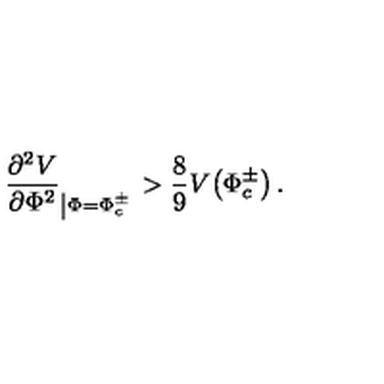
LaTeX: \frac { \partial ^ { 2 } V } { \partial \Phi ^ { 2 } } _ { \left| \Phi = \Phi _ { c } ^ { \pm } \right. } > \frac { 8 } { 9 } V \! \left( \Phi _ { c } ^ { \pm } \right) .